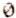
0